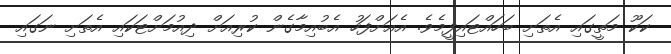
ކަކޫ މަތީގައި އެތަށި ބަހައްޓައިފީމެވެ. އެއަށްފަހު އެބުއިމާގެން ކުރިއަށް ދިއުމަށްޓަކައި އެތަށި ނަގައި